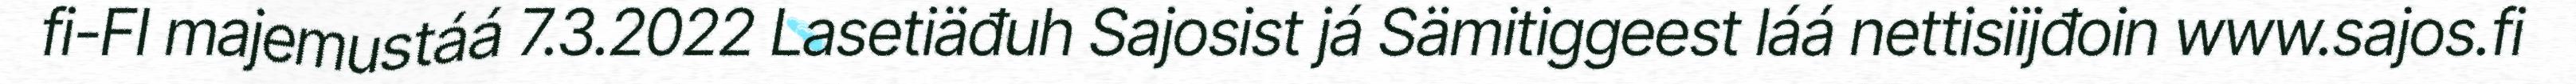
fi-FI majemustáá 7.3.2022 Lasetiäđuh Sajosist já Sämitiggeest láá nettisiijđoin www.sajos.fi